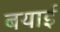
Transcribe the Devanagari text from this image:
बयाई